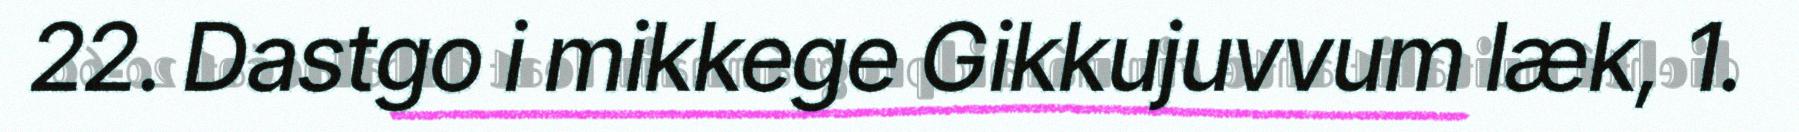
22. Dastgo i mikkege Gikkujuvvum læk, 1.